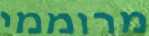
מרוממי